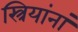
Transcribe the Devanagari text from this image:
स्त्रियांनां